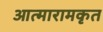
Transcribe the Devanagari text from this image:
आत्मारामकृत